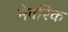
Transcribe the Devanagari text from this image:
मेवरिक